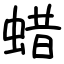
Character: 蜡